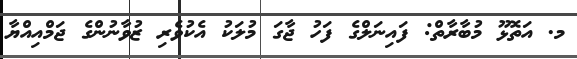
މ. އަތޮޅޫ މުބާރާތް: ފައިނަލްގެ ފަހު ޖާގަ މުލަކު އެކުވެރި ޒުވާނުންގެ ޖަމްއިއްޔާ